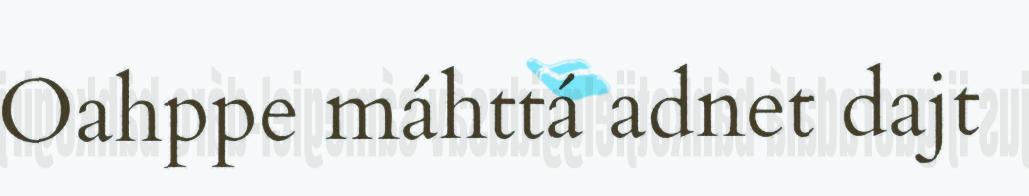
Oahppe máhttá adnet dajt